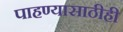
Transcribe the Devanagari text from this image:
पाहण्यासाठीही